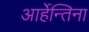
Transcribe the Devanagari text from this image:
आर्हेन्तिना